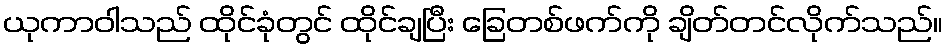
ယုကာဝါသည် ထိုင်ခုံတွင် ထိုင်ချပြီး ခြေတစ်ဖက်ကို ချိတ်တင်လိုက်သည်။